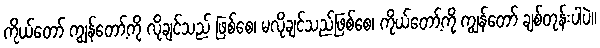
ကိုယ်တော် ကျွန်တော့်ကို လိုချင်သည် ဖြစ်စေ၊ မလိုချင်သည်ဖြစ်စေ၊ ကိုယ်တော့်ကို ကျွန်တော် ချစ်တုန်းပါပဲ။